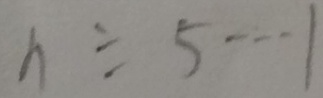
n \div 5 \cdots 1